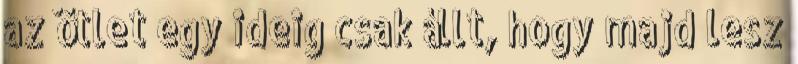
az ötlet egy ideig csak állt, hogy majd lesz